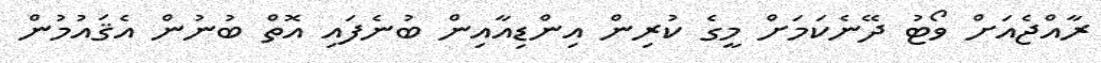
ރާއްޖެއަށް ވޯޓު ދޭނެކަމަށް މީގެ ކުރިން އިންޑިއާއިން ބުނެފައި އޮތް ބުނުން އެޤައުމުން